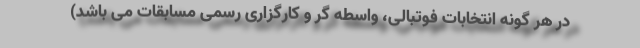
در هر گونه انتخابات فوتبالی، واسطه گر و کارگزاری رسمی مسابقات می باشد)